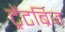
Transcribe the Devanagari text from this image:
ट्रेंटब्रिज